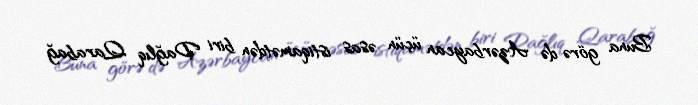
Buna görə də Azərbaycan üçün əsas istiqamətdən biri Dağlıq Qarabağ